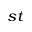
^ { s t }